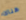
هناك